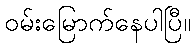
ဝမ်းမြောက်နေပါပြီ။